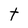
Character: t